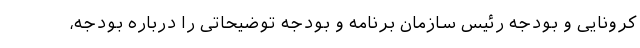
کرونایی و بودجه رئیس سازمان برنامه و بودجه توضیحاتی را درباره بودجه،